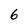
Character: 6